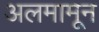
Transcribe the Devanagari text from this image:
अलमामून